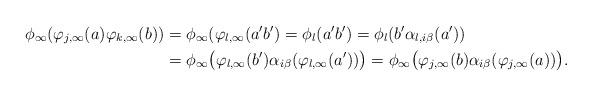
LaTeX: \begin{align*}\phi_\infty(\varphi_{j,\infty}(a)\varphi_{k,\infty}(b)) &= \phi_\infty(\varphi_{l,\infty}(a'b') =\phi_l(a'b') = \phi_l(b'\alpha_{l,i\beta}(a'))\\ &= \phi_\infty\big(\varphi_{l,\infty}(b')\alpha_{i\beta}(\varphi_{l,\infty}(a'))\big) = \phi_\infty\big(\varphi_{j,\infty}(b)\alpha_{i\beta}(\varphi_{j,\infty}(a))\big).\end{align*}